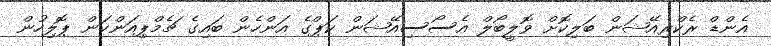
އެންޑް ރެކްރިއޭޝަން ބަލިކޮށް ވޮލީބޯލް އެސޯސިއޭޝަން ކަޕްގެ އަންހެން ބައިގެ ޗެމްޕިއަންކަން ޕޮލިހުން